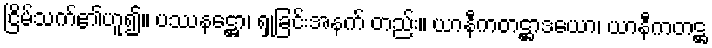
ငြိမ်သက်၏ဟူ၍။ ပဿနဋ္ဌော၊ ရှုခြင်းအနက် တည်း။ ယာနီကတဋ္ဌာဒယော၊ ယာနီကတဋ္ဌ